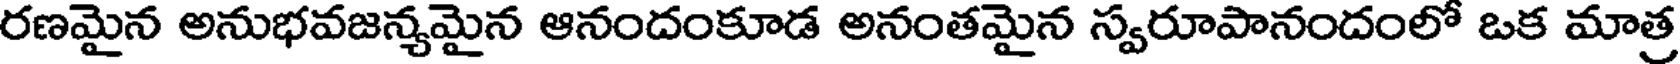
రణమైన అనుభవజన్యమైన ఆనందంకూడ అనంతమైన స్వరూపానందంలో ఒక మాత్ర